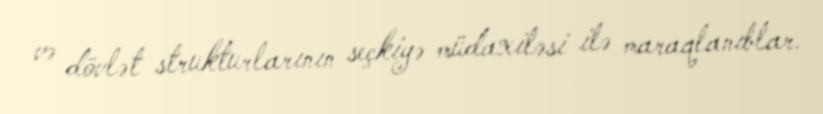
və dövlət strukturlarının seçkiyə müdaxiləsi ilə maraqlanıblar.